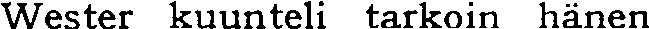
Wester kuunteli tarkoin hänen